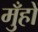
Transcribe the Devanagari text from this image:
मुँहों